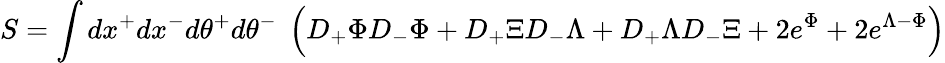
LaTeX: S=\int dx^{+}dx^{-}d\theta^{+}d\theta^{-}\; \left(D_{+}\Phi D_{-}\Phi+D_{+}\Xi D_{-}\Lambda+D_{+}\Lambda D_{-}\Xi+2e^{\Phi}+2e^{\Lambda-\Phi}\right)